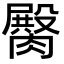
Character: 臋